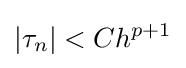
|\tau _{n}|<Ch^{p+1}